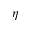
\eta